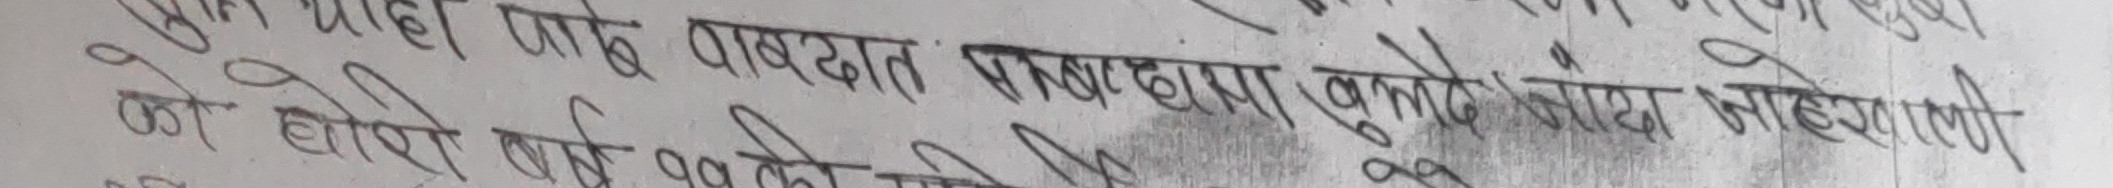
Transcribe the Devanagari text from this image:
सुत याही जाबु पाबद्धात् पाबब्द्धारा कुकोष माहामुल को होरी तांते पबलि सिद्धा गौ